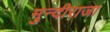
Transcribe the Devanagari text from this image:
मुन्दीराजा